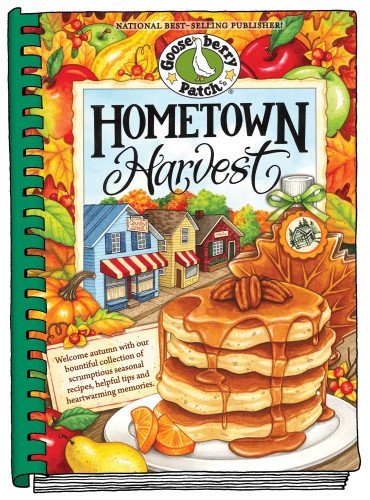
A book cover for Hometown Harvest: Celebrate harvest in your hometown with hearty recipes, inspiring tips and warm fall memories! (Everyday Cookbook Collection); Gooseberry Patch; Cookbooks, Food & Wine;